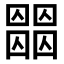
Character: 𡈶